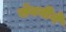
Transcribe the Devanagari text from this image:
सेवनीने